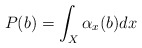
\begin{align*} P(b) = \int_X \alpha_x(b) dx\end{align*}